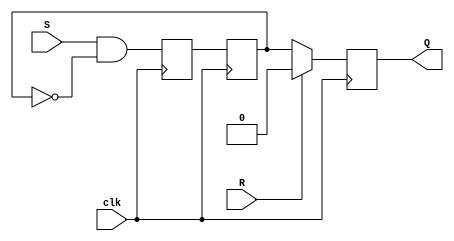
module sr_flipflop (
  input wire S, // Set input
  input wire R, // Reset input
  input wire clk, // Clock input
  output reg Q // Output
);

reg M; // Master stage
reg Q_temp; // Temporary storage for Q

always @ (posedge clk) begin
  M <= S & ~Q_temp;
  Q_temp <= M;
end

always @ (posedge clk) begin
  if (R) begin
    Q <= 0;
  end else begin
    Q <= Q_temp;
  end
end

endmodule